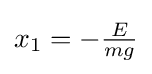
{\textstyle x_{1}=-{E \over mg}}